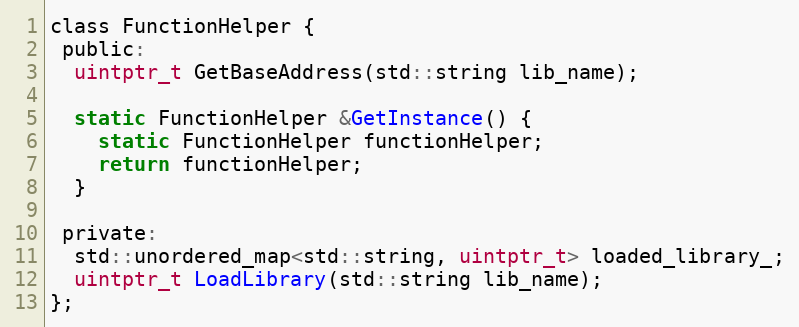
Language: C
class FunctionHelper {
 public:
  uintptr_t GetBaseAddress(std::string lib_name);

  static FunctionHelper &GetInstance() {
    static FunctionHelper functionHelper;
    return functionHelper;
  }

 private:
  std::unordered_map<std::string, uintptr_t> loaded_library_;
  uintptr_t LoadLibrary(std::string lib_name);
};